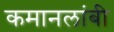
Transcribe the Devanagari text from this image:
कमानलांबी